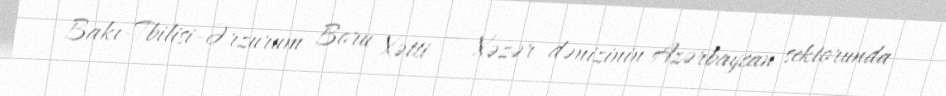
Bakı-Tbilisi-Ərzurum Boru Xətti — Xəzər dənizinin Azərbaycan sektorunda